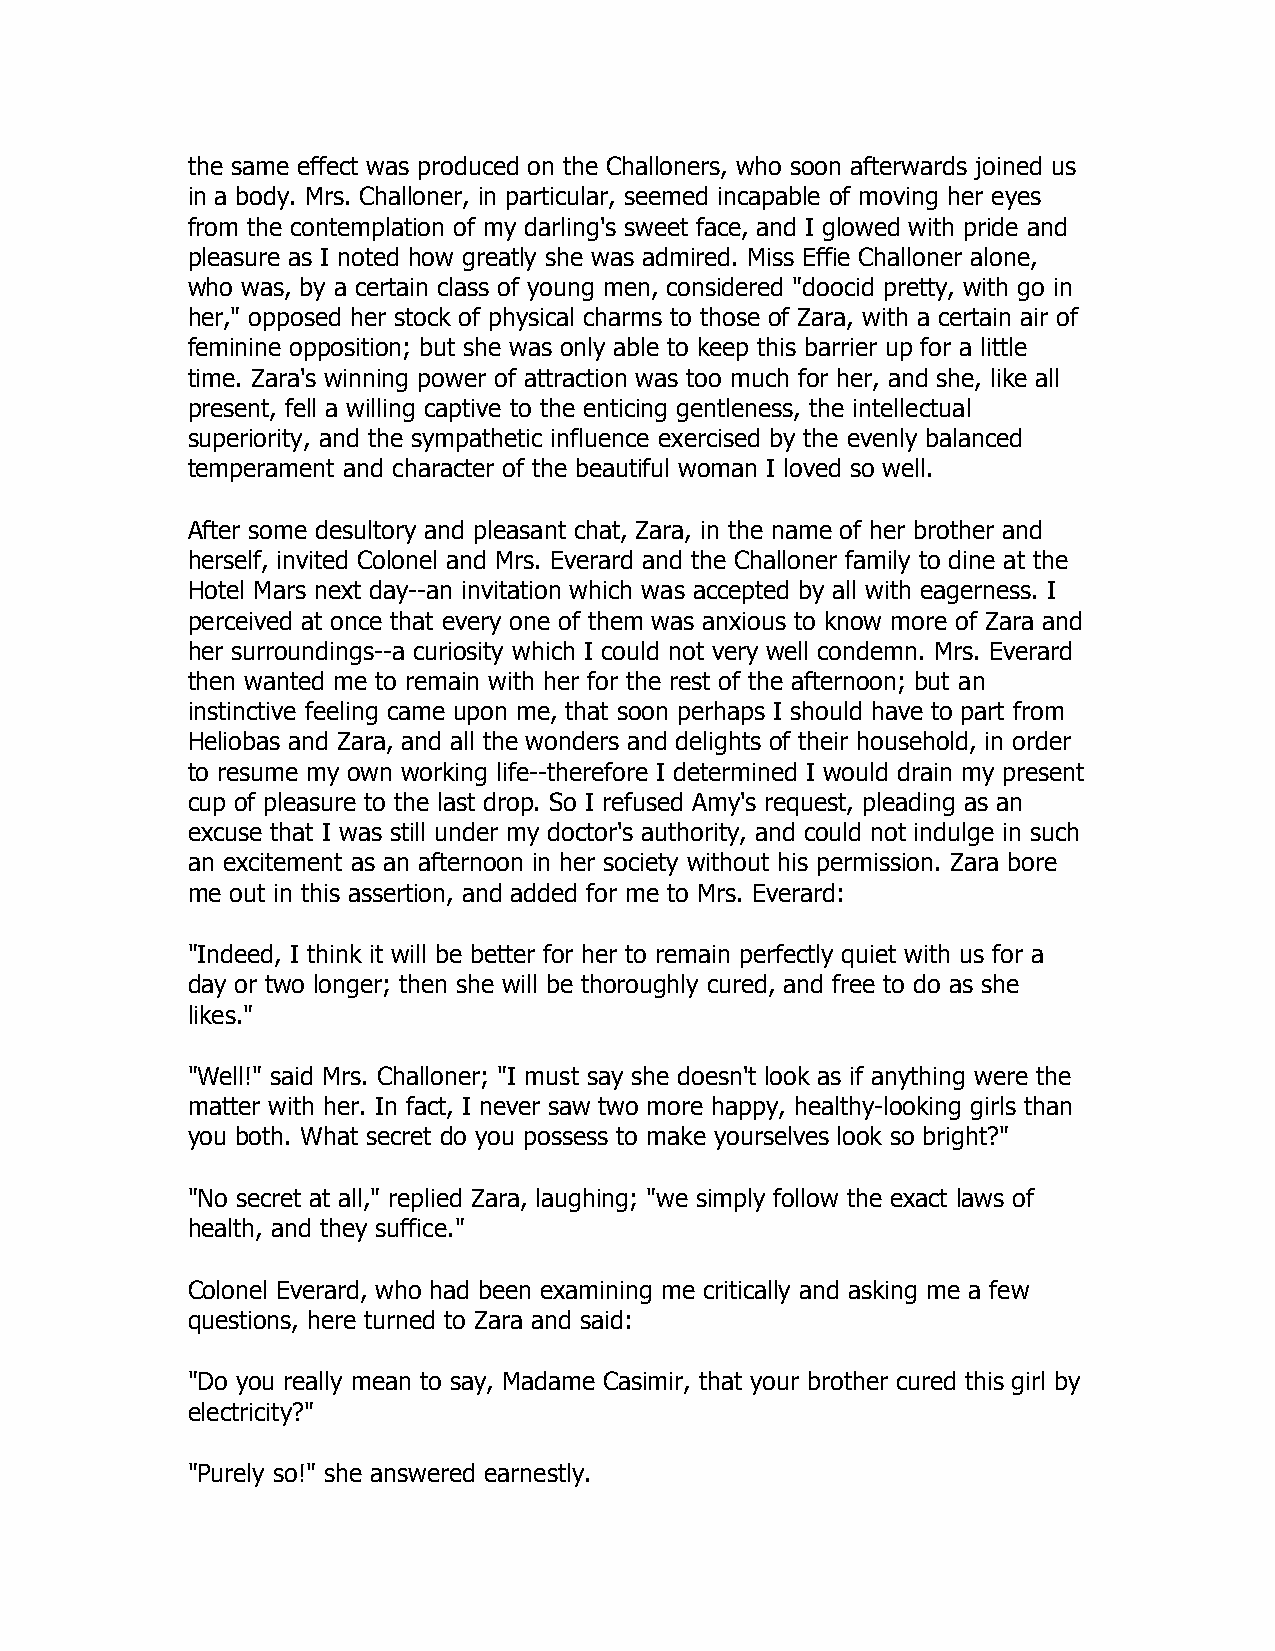
the same effect was produced on the Challoners, who soon afterwards joined us
 in a body. Mrs. Challoner, in particular, seemed incapable of moving her eyes
 from the contemplation of my darling's sweet face, and I glowed with pride and
 pleasure as I noted how greatly she was admired. Miss Effie Challoner alone,
 who was, by a certain class of young men, considered "doocid pretty, with go in
 her," opposed her stock of physical charms to those of Zara, with a certain air of
 feminine opposition; but she was only able to keep this barrier up for a little
 time. Zara's winning power of attraction was too much for her, and she, like all
 present, fell a willing captive to the enticing gentleness, the intellectual
 superiority, and the sympathetic influence exercised by the evenly balanced
 temperament and character of the beautiful woman I loved so well.
 After some desultory and pleasant chat, Zara, in the name of her brother and
 herself, invited Colonel and Mrs. Everard and the Challoner family to dine at the
 Hotel Mars next day--an invitation which was accepted by all with eagerness. I
 perceived at once that every one of them was anxious to know more of Zara and
 her surroundings--a curiosity which I could not very well condemn. Mrs. Everard
 then wanted me to remain with her for the rest of the afternoon; but an
 instinctive feeling came upon me, that soon perhaps I should have to part from
 Heliobas and Zara, and all the wonders and delights of their household, in order
 to resume my own working life--therefore I determined I would drain my present
 cup of pleasure to the last drop. So I refused Amy's request, pleading as an
 excuse that I was still under my doctor's authority, and could not indulge in such
 an excitement as an afternoon in her society without his permission. Zara bore
 me out in this assertion, and added for me to Mrs. Everard:
 "Indeed, I think it will be better for her to remain perfectly quiet with us for a
 day or two longer; then she will be thoroughly cured, and free to do as she
 likes."
 "Well!" said Mrs. Challoner; "I must say she doesn't look as if anything were the
 matter with her. In fact, I never saw two more happy, healthy-looking girls than
 you both. What secret do you possess to make yourselves look so bright?"
 "No secret at all," replied Zara, laughing; "we simply follow the exact laws of
 health, and they suffice."
 Colonel Everard, who had been examining me critically and asking me a few
 questions, here turned to Zara and said:
 "Do you really mean to say, Madame Casimir, that your brother cured this girl by
 electricity?"
 "Purely so!" she answered earnestly.